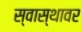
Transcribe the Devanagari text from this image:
स्वास्थावर